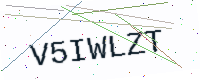
Text: V5IWLZT